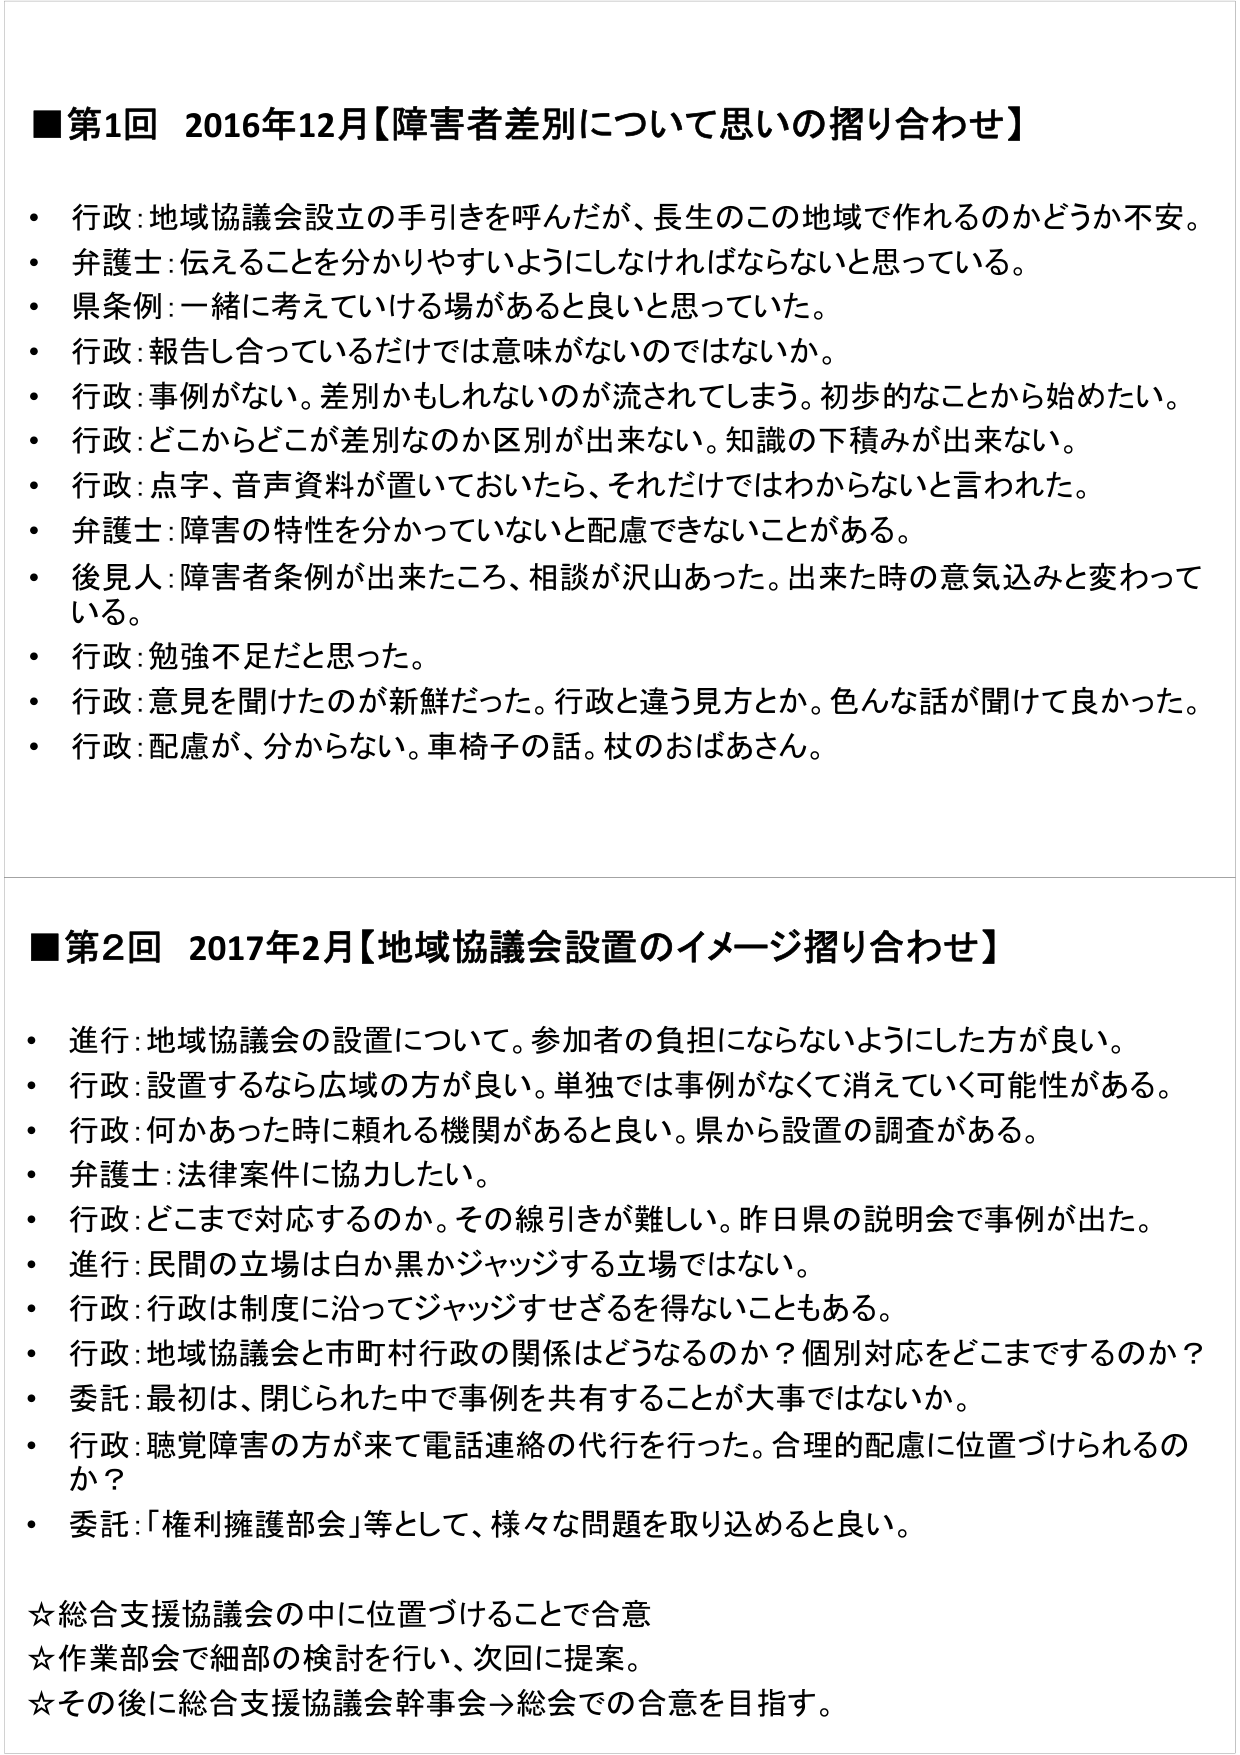
■第1回 2016年12月【障害者差別について思いの摺り合わせ】
・ 行政：地域協議会設立の手引きを呼んだが、長生のこの地域で作れるのかどうか不安。
・ 弁護士：伝えることを分かりやすいようにしなければならないと思っている。
・ 県条例：一緒に考えていける場があると良いと思っていた。
・ 行政：報告し合っているだけでは意味がないのではないか。
・ 行政：事例がない。差別かもしれないのが流されてしまう。初歩的なことから始めたい。
・ 行政：どこからどこが差別なのか区別が出来ない。知識の下積みが出来ない。
・ 行政：点字、音声資料が置いておいたら、それだけではわからないと言われた。
・ 弁護士：障害の特性を分かっていないと配慮できないことがある。
・ 後見人：障害者条例が出来たころ、相談が沢山あった。出来た時の意気込みと変わっている。
・ 行政：勉強不足だと思った。
・ 行政：意見を聞けたのが新鮮だった。行政と違う見方とか。色んな話が聞いて良かった。
・ 行政：配慮が、分からない。車椅子の話。杖のおばあさん。

■第2回 2017年2月【地域協議会設置のイメージ摺り合わせ】
・ 進行：地域協議会の設置について。参加者の負担にならないようにした方が良い。
・ 行政：設置するなら広域の方が良い。単独では事例がなくて消えていく可能性がある。
・ 行政：何かあった時に頼れる機関があると良い。県から設置の調査がある。
・ 弁護士：法律案件に協力したい。
・ 行政：どこまで対応するのか。その線引きが難しい。昨日県の説明会で事例が出た。
・ 進行：民間の立場は白か黒かジャッジする立場ではない。
・ 行政：行政は制度に沿ってジャッジすせざるを得ないこともある。
・ 行政：地域協議会と市町村行政の関係はどうなるのか？個別対応をどこまでするのか？
・ 委託：最初は、閉じられた中で事例を共有することが大事ではないか。
・ 行政：聴覚障害の方が来て電話連絡の代行を行った。合理的配慮に位置づけられるのか？
・ 委託：「権利擁護部会」等として、様々な問題を取り込めると良い。

☆総合支援協議会の中に位置づけることで合意
☆作業部会で細部の検討を行い、次回に提案。
☆その後に総合支援協議会幹事会⇒総会での合意を目指す。